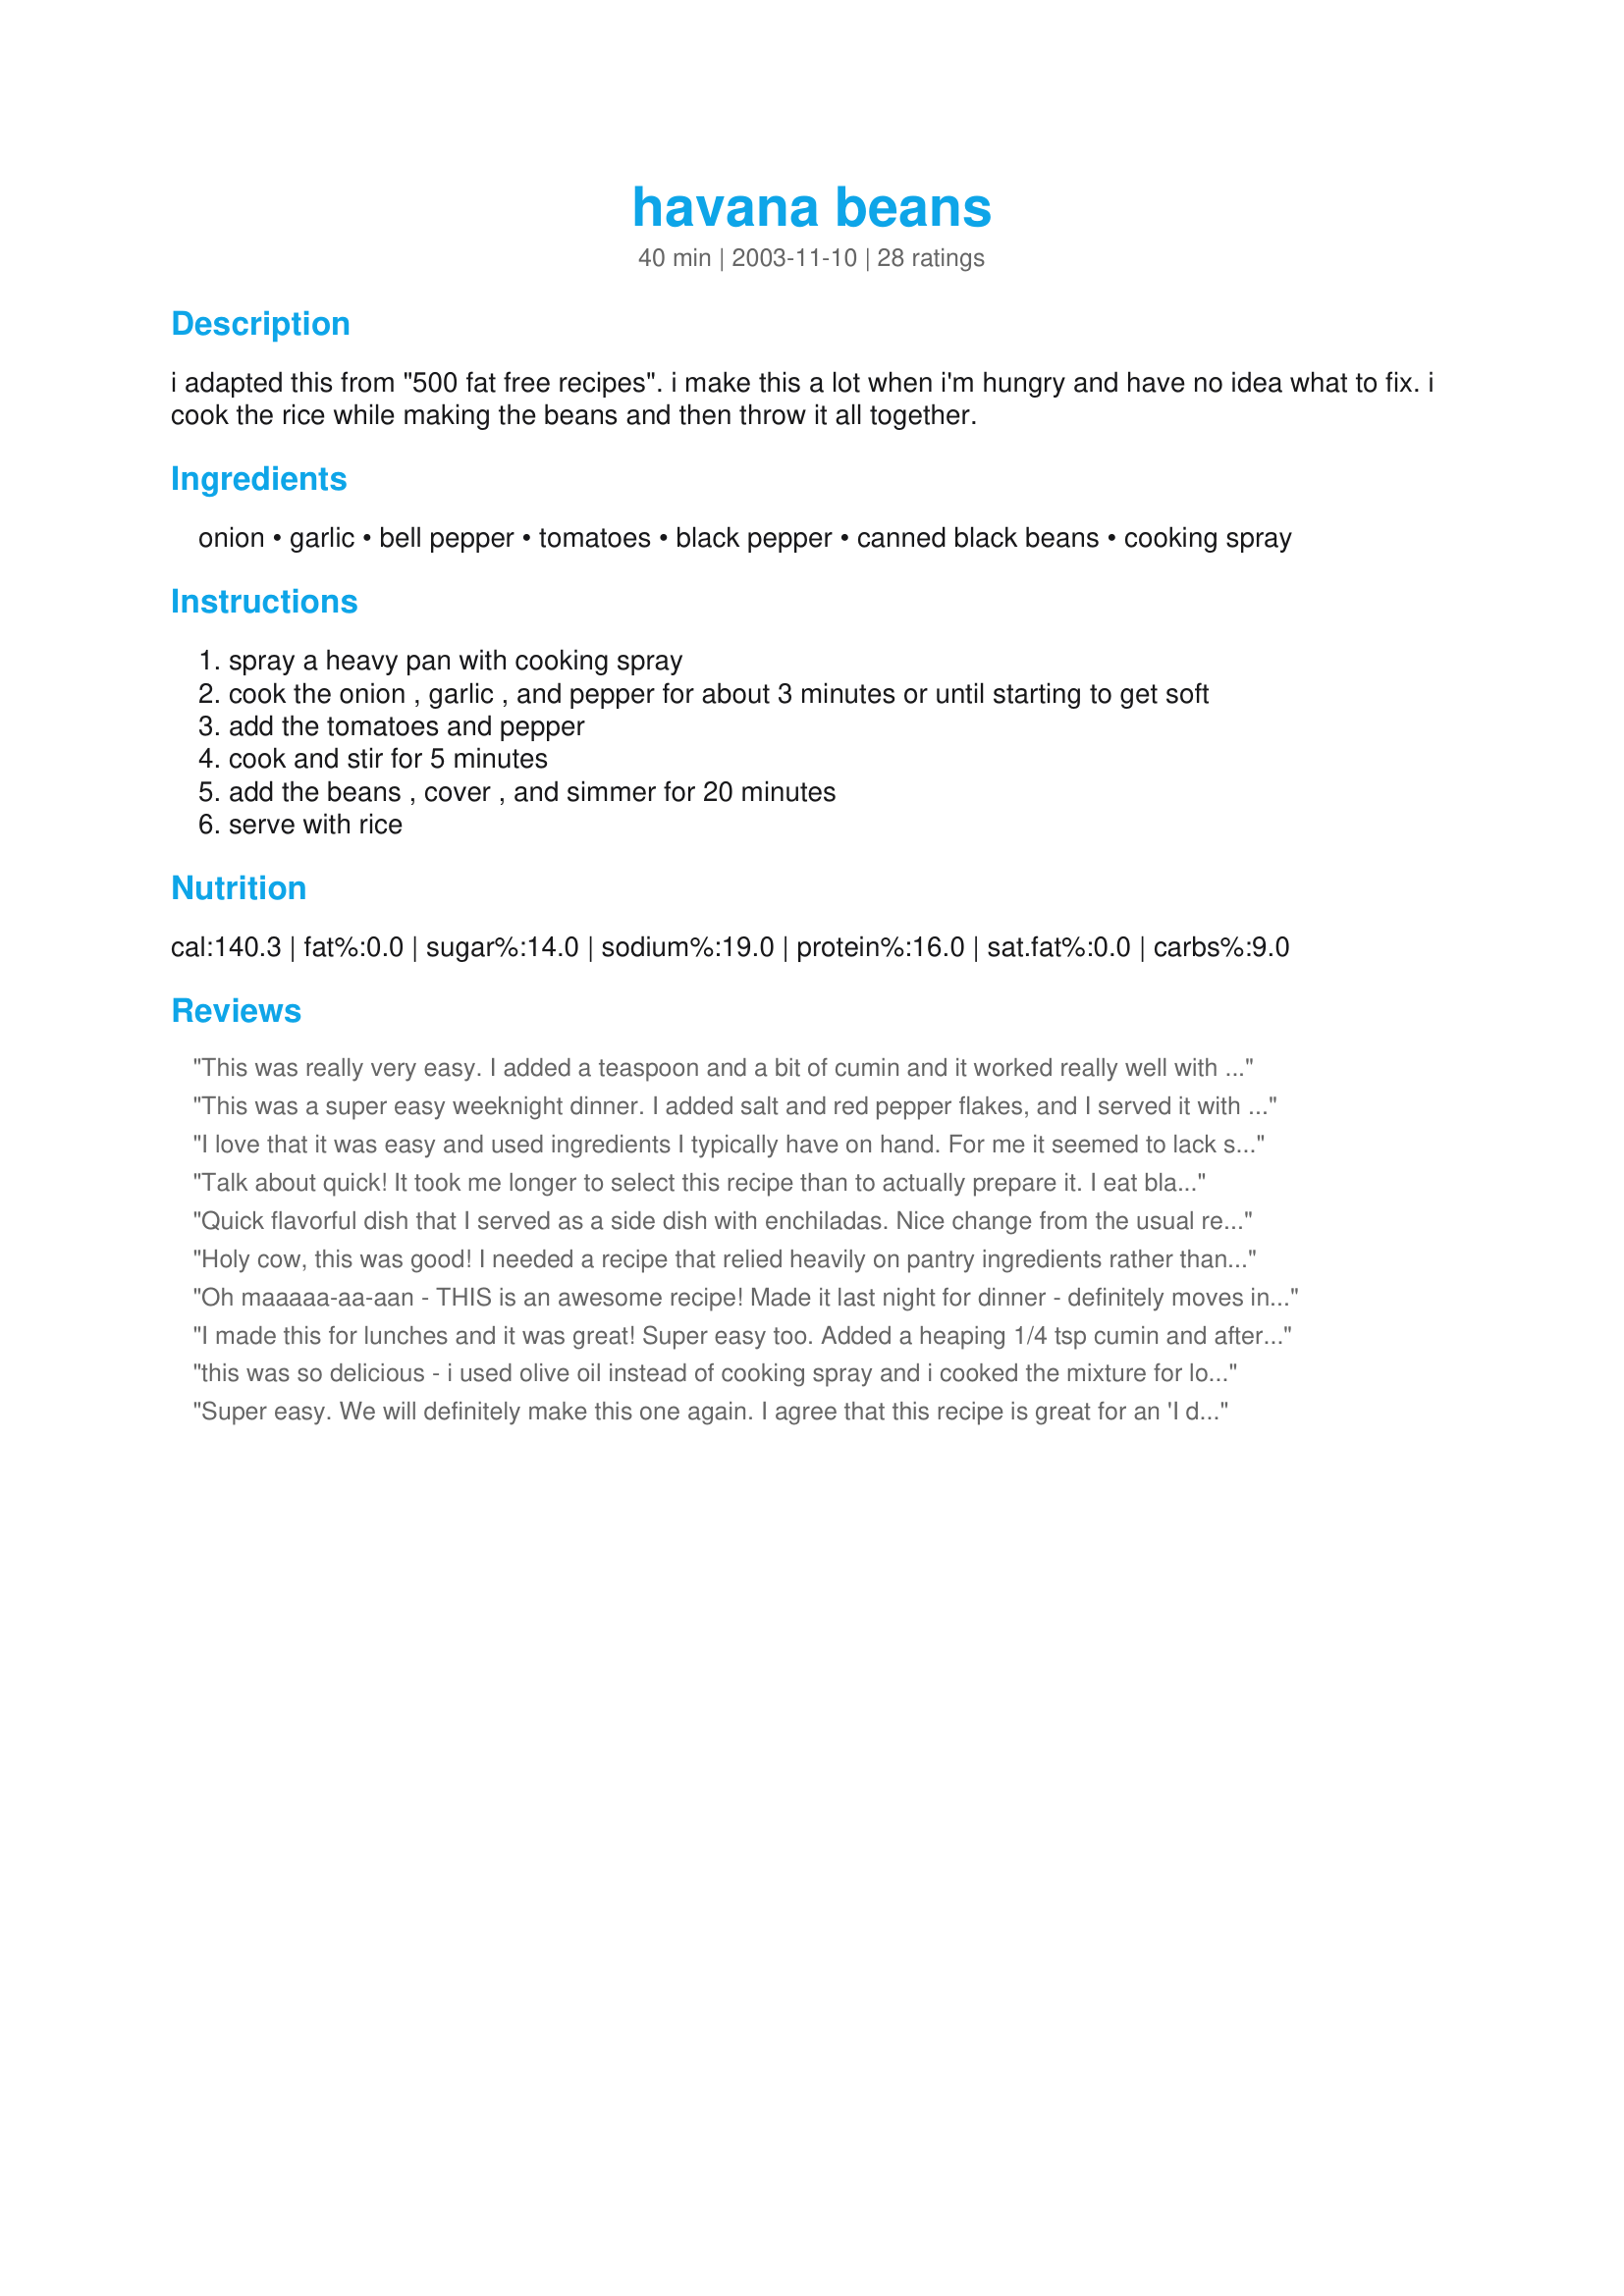
havana beans
Preparation time: 40 minutes

i adapted this from "500 fat free recipes". i make this a lot when i'm hungry and have no idea what to fix. i cook the rice while making the beans and then throw it all together.

Ingredients:
onion, garlic, bell pepper, tomatoes, black pepper, canned black beans, cooking spray

Steps:
spray a heavy pan with cooking spray
cook the onion , garlic , and pepper for about 3 minutes or until starting to get soft
add the tomatoes and pepper
cook and stir for 5 minutes
add the beans , cover , and simmer for 20 minutes
serve with rice

Reviews:
This was really very easy. I added a teaspoon and a bit of cumin and it worked really well with the rest of the seasonings. I served with some brown rice. I bet this is the kind of recipe that would taste even better if it sat for a while because the flavors were developing even as I was eating it.
This was a super easy weeknight dinner. I added salt and red pepper flakes, and I served it with a spoonful of sour cream on top. Yum! Edit: 10 years later, and I still make this often. Thanks for sharing a great recipe!
I love that it was easy and used ingredients I typically have on hand. For me it seemed to lack something as I found the flavour kind of bland. We tried topping it with southwest flavoured cheese and that actually did improve it. Maybe a jalapeño or two? I don't know. I was a little disappointed. I may try it again with some tweaking for my tastes because I do like the idea of this dish.
Talk about quick! It took me longer to select this recipe than to actually prepare it. I eat black beans frequently and until now never thought to add tomatoes. They add a nice flavor and bit of acidity to the dish. I added 1/2 teasppon of cumin to the beans because...well because I love cumin. Also, I used a red pepper because that's what I had on hand. This is a great low-effort high flavor dish. Thanks ladypit!
Quick flavorful dish that I served as a side dish with enchiladas. Nice change from the usual refried beans and Mexican rice. The leftovers were great the next day for lunch.
Holy cow, this was good! I needed a recipe that relied heavily on pantry ingredients rather than fresh produce (just got home from vacation, hadn't been to the grocery store yet) so I decided to make this. I upped the garlic to 6 cloves because my husband and I love garlic. I didn't have an onion so I used a shallot that I found in the bottom of my fridge. Didn't have a bell pepper so left that out. I used canned tomatoes. I stirred some lime juice in at the end of the cooking time to brighten the flavors a bit. Mmmm! This will now be my go-to recipe for the day we return from vacation and have nothing in the house. So easy, too! Start the rice, go sit down for half an hour with a book and a cocktail, spend 5 minutes putting this together, sit back down with book and cocktail, wait 20 minutes and voila!
Oh maaaaa-aa-aan - THIS is an awesome recipe! Made it last night for dinner - definitely moves into the top 3 faves list! Couple'a switches - I kicked up the pepper to 1/2 tsp; made the bell pepper 1 red and 1 orange; made the onion a red one and shook in some really good curry powder and fresh dill. Served it over brown rice and couldn't believe how good this was! Thanks for posting this to RZ!
I made this for lunches and it was great! Super easy too. Added a heaping 1/4 tsp cumin and after cooking added a splash of lemon juice. Used a can of petite diced tomatoes. Served with sour cream, shredded cheddar cheese and crackers (instead of rice). Thanks for the recipe ladypit!
this was so delicious - i used olive oil instead of cooking spray and i cooked the mixture for longer than recommended (not enough liquid was absorbed). the result was slightly sweet and this really added a nice zing. made with brown rice and veggie fajitas.
Super easy. We will definitely make this one again. I agree that this recipe is great for an 'I don't know what to have for dinner' night. I think a can of Rotel tomatoes would really be good in this, but wanted to try the recipe as is first. This is a wonderful, simple vegetarian dish!
Very healthy and easy. I found it needed some salt, but that's the only change I made.
Nice. I made this super quickly and it was very easy.

I added a bit of minced hot chilli and some liquid smoke and extra garlic.

Next time I would add more spicing including some cumin, maybe some fresh coriander and a bit more chilli because that's how I like my beans.
Yummy dish! I didn't use bell pepper and used canned chopped tomatoes. I might add in some crushed red pepper next time, too! Thanks, ladypit!
Yum!! I was not sure how I would like this, but the flavors blended together wonderfully! I made this for myself for a lunch. I think the beans were better by themselves instead of on the rice, but I think I messed up the rice so take that for what it is worth. My 19-yo daughter ate my leftovers later that day and told me they were "delicious!"
This was too simple and quick for something so good!!! I'll be making this often. I did sub green chilies for the green pepper which gave it a nice spicy kick. A squeeze of lime and cilantro would be excellent too with this. Thank you!
I added a sprinkle of salt to mine, and next time I will use less pepper-personal preferences. This made a very nice lunch, and it was so easy to make. Great recipe!
Very good and simple. Thanks for the recipe ladypit
Loved it!!! I used canned tomatoes and added 1 Sazon seasoning packet when I put the tomatoes in. Served over quinoa. I will make this again many times.
This is quick easy comfort food at it's best. So good at the end of a long day when you're hungry for something that doesn't come from the freezer. Plus, I love beans! I also add cumin as one of the other reviewers, and a bit of Goya Sazon! Yum.
Very nice combination of flavors and easy to make! Thanks!
I made a few alterations (when don't I??). I whizzed the onion, the pepper and the garlic in my hand processor until it was all little tiny bits. Then sauteed that for a while. I added a can of ground tomatoes (boys hate tomatoes so chunks don't go over well). I let that "stew" for a while and then threw it in my 5Q crockpot. I mixed in the beans, covered it and turned it up to high. I left it alone for 2 hours. Come dinner time, it was perfect! I am going to dish up the leftovers and freeze a few for some quick lunches down the road. 
Thank you for such a wonderful dish!
Yumm! So easy, quick and healthy- You can't ask for more than that. A great weeknight meal. I served this with brown rice, whole wheat tortillas, fat free sour cream and hot sauce with a side of steamed veggies. I added a bit of cumin, chili powder and red pepper flakes, 'cause we like out beans spicy. Thanks for posting!
Very nice Saturday night supper! I did make one change, I added a sprinkle of red pepper flakes, about a quarter teaspoon, it added a nice zing. The recipe was quick and very easy to put together; we will definately make it again, thanks for sharing.
This is hard to explain given all the 5 stars already. My BF seemed to like this a great deal, I somewhat less. I recently made a recipe in which black beans figured fairly prominently which I loved, but this is the first time I've ever prepared them as the main ingredient. I DID drain them, but did not rinse (as per instructions). While simmering they started to stick to bottom of pan so I stirred a couple of times. Instead of serving with rice I sprinkled a modest amount of monterey jack cheese on top. I guess my suggestion is that you'll love this if you love black beans! Thanks for posting!
I had to break my silence with a first Zaar review. This is just what I was looking for- delicious simplicity in a bowl. I like the lack of seasonings, because the recipe has a subtle flavor of its own that's great for a light summer dinner.
Soo good!! I used a can of diced tomatoes, a yellow pepper,some garlic salt and crushed red pepper and served it over uncle ben's whole grain chicken rice. Thanks for a super quick and healthy meal!!!
I can't believe how easy this was and how wonderful it tasted! I followed the recipe exactly using canned tomatoes and it was full of flavor. I usually add more spices to recipes but this was really good without any! Thank you so much ladypit for a healthy keeper recipe. Made for the went to the market game. I enjoyed this with recipe#170088 and a little sour cream.
This turned out pretty tasty! I used a combination of red, yellow, and orange peppers that I already had chopped up, but I think it was around 1 cup, and about a can and a half of beans, though I did rinse them. I also added some red pepper flakes, chili powder, and cumin, because I wanted the extra flavor. Oh and I used a can of diced tomatoes instead of the fresh. I'll be making this again!
